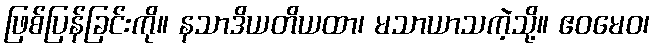
ဖြစ်ပြန်ခြင်းကို။ နသာဒိယတိယထာ၊ မသာယာသကဲ့သို့။ ဧဝမေဝ၊